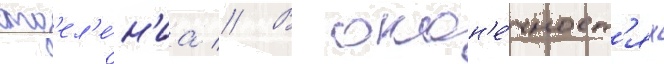
отд'ел'е́н'иа // В окон'е́чност'ях